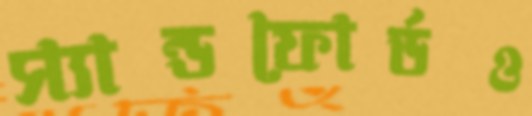
স্যান্ডফোর্ডও